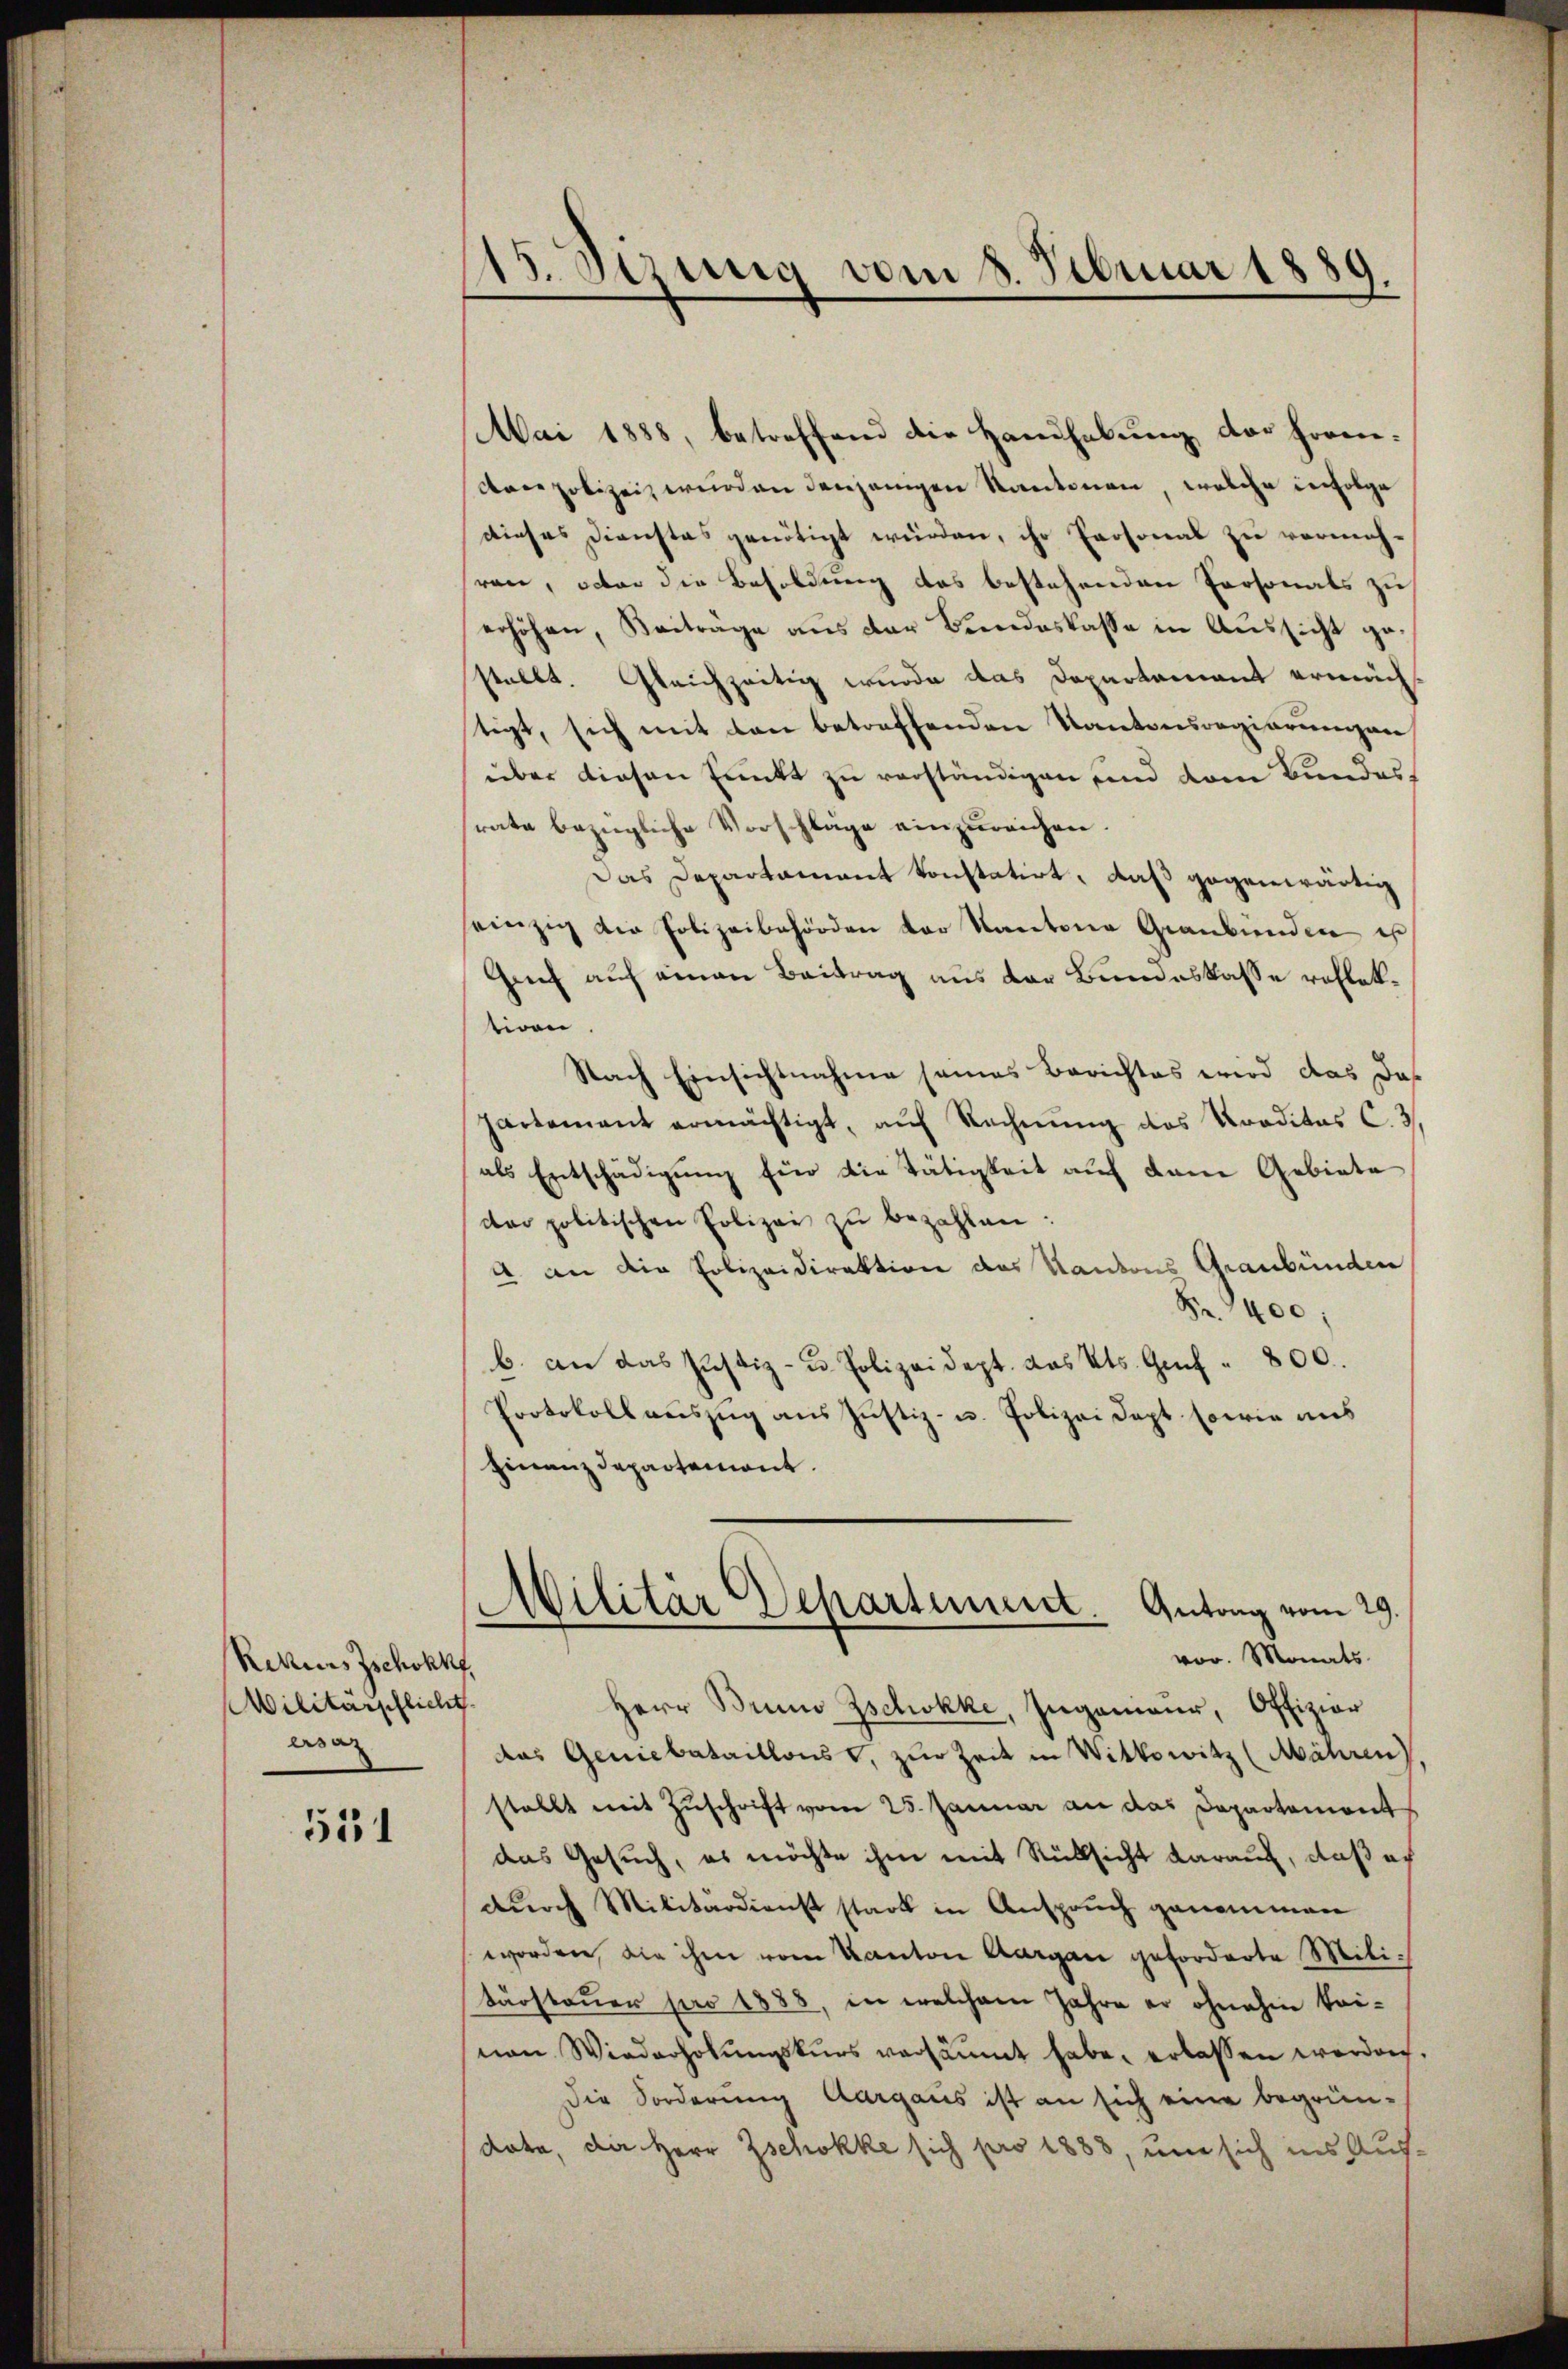
Rehns Zschokk
Militärpflicht.
ersa

511

15. Sezung vom 8. Februar 1889.

Mai 1888, betreffend die Handhabung der from¬
Aare polizei wurden denjenigen Kantonen, welche infolge
dieses Dienstes genötigt würden, ihr Personal zu vermeh-
ren, octor die Besoldung des bestehenden Personals zu
erhöhen, Beiträge aus der Bundeskasse in Aussicht gestellt. Gleichzeitig wurde das Departement ermäch
tigt, sich mit den betreffenden Kantonsregierungen,
über diesen Punkt zu verständigen und dem Bundes,
rate bezügliche Vorschlage einzŭreichen.
Das Departament konstatirt, daß gegenwärtig
einzig die Polizeibehörden der Kantone Graubünden es
Geich auf einen Beitrag aus der Bundeskasse reflekivon
Nach Einsichtnahme seines Berichtes wird das das
partement ermächtigt, aŭf Rechnŭng des Kreditas C. 3
als Entschädigung für die Tätigkeit auf dem Gebiete
der politischen Polizei zu bezahlen:
u an die Polizeidirektion des Kantons Graubünden
Fr. 400;
b. an das Justiz- u. Polizeidept. das Kts. Genf " 800.
Protokollauszug aus Justiz- u. Polizei Dapt sowie aus
Finanzdepartemont.
Militär Departement. Antrag vom 29.
vor. Monats
Herr Bun Zschokke, Ingenieur, Offiziar
das Geniebataillons, zur Zeit in Wittowitz (Mähren).
stellt mit Zŭschrift vom 25. Januar an das Departement
das Gesuch, es möchte ihm mit Rücksicht darauf, daß ach
durch Militärdienst stark in Anspruch genommen
worden, die ihm vom Kanton Aargau geforderte Militursteuer pro 1888, in welchem Jahre er ohnehin keinen Wiederholŭngskŭrs versäumt habe, erlassen werden.
Die Forderung Aargaus ist an sich eine begrün-
dote, die Herr Zschokke sich pro 1883, um sich ins Auf¬